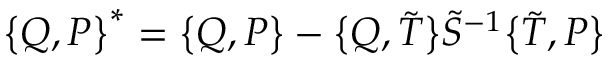
\bigl \{ Q , P \bigr \} ^ { \ast } = \bigl \{ Q , P \bigr \} - \bigl \{ Q , \tilde { T } \bigr \} \tilde { S } ^ { - 1 } \bigl \{ \tilde { T } , P \bigr \}